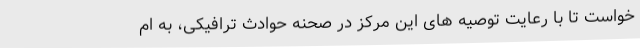
خواست تا با رعایت توصیه های این مرکز در صحنه حوادث ترافیکی، به ام